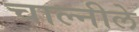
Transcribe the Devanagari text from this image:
चाल्नीले